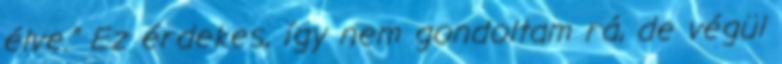
élve.” Ez érdekes, így nem gondoltam rá, de végül